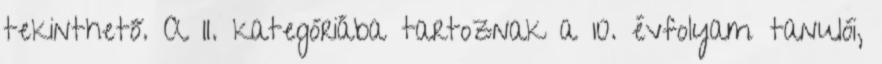
tekinthető. A II. kategóriába tartoznak a 10. évfolyam tanulói,